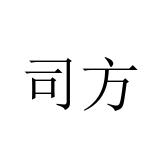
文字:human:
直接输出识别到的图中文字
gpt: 司方